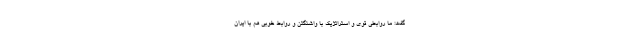
گفت: ما روابطی قوی و استراتژیک با واشنگتن و روابط خوبی هم با ایران